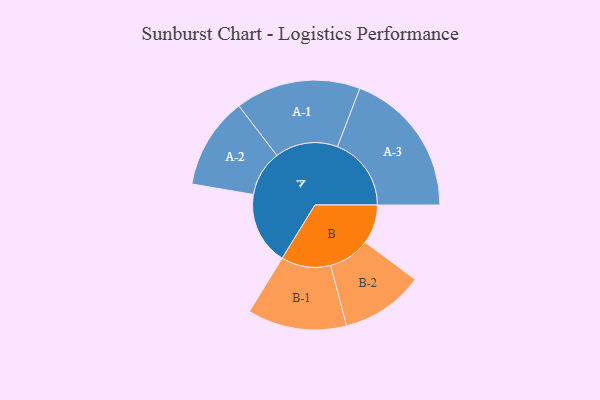
{"axis": {"x": "Segment", "y": "Value"}, "legend": ["", "A", "B"], "data": [{"x": "A", "y": 288, "type": ""}, {"x": "B", "y": 155, "type": ""}, {"x": "A-1", "y": 248, "type": "A"}, {"x": "A-2", "y": 181, "type": "A"}, {"x": "A-3", "y": 292, "type": "A"}, {"x": "B-1", "y": 196, "type": "B"}, {"x": "B-2", "y": 164, "type": "B"}]}